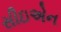
સીઇએન